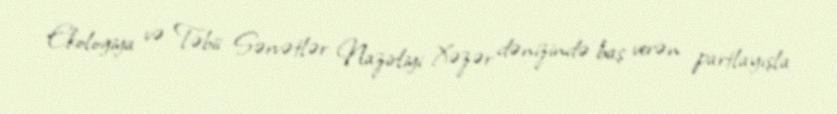
Ekologiya və Təbii Sərvətlər Nazirliyi Xəzər dənizində baş verən partlayışla